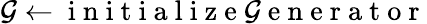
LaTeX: \mathcal{G}\gets\mathrm{{~i~n~i~t~i~a~l~i~z~e~\mathcal{G}~e~n~e~r~a~t~o~r~}}